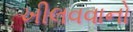
ખીલવવાનો